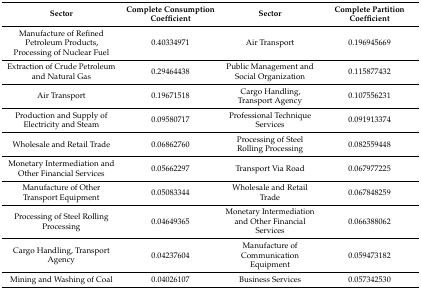
<table><thead><tr><td><b>Sector</b></td><td><b>Complete Consumption Coefficient</b></td><td><b>Sector</b></td><td><b>Complete Partition Coefficient</b></td></tr></thead><tbody><tr><td>Manufacture of Refined Petroleum Products, Processing of Nuclear Fuel</td><td>0.40334971</td><td>Air Transport</td><td>0.196945669</td></tr><tr><td>Extraction of Crude Petroleum and Natural Gas</td><td>0.29464438</td><td>Public Management and Social Organization</td><td>0.115877432</td></tr><tr><td>Air Transport</td><td>0.19671518</td><td>Cargo Handling, Transport Agency</td><td>0.107556231</td></tr><tr><td>Production and Supply of Electricity and Steam</td><td>0.09580717</td><td>Professional Technique Services</td><td>0.091913374</td></tr><tr><td>Wholesale and Retail Trade</td><td>0.06862760</td><td>Processing of Steel Rolling Processing</td><td>0.082559448</td></tr><tr><td>Monetary Intermediation and Other Financial Services</td><td>0.05662297</td><td>Transport Via Road</td><td>0.067977225</td></tr><tr><td>Manufacture of Other Transport Equipment</td><td>0.05083344</td><td>Wholesale and Retail Trade</td><td>0.067848259</td></tr><tr><td>Processing of Steel Rolling Processing</td><td>0.04649365</td><td>Monetary Intermediation and Other Financial Services</td><td>0.066388062</td></tr><tr><td>Cargo Handling, Transport Agency</td><td>0.04237604</td><td>Manufacture of Communication Equipment</td><td>0.059473182</td></tr><tr><td>Mining and Washing of Coal</td><td>0.04026107</td><td>Business Services</td><td>0.057342530</td></tr></tbody></table>